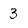
Character: 3